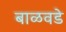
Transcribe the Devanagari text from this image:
बाळवडे